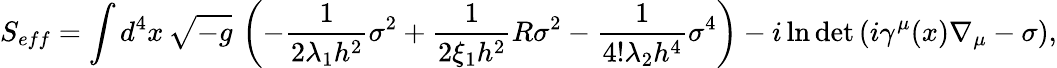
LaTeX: S_{eff}=\int d^{4}x\, \sqrt{-g}\, \left(-\frac{1}{2\lambda_{1}h^{2}}\sigma^{2}+\frac{1}{2\xi_{1}h^{2}}R\sigma^{2}-\frac{1}{4!\lambda_{2}h^{4}}\sigma^{4}\right)-i\ln\operatorname*{det}\left(i\gamma^{\mu}(x)\nabla_{\mu}-\sigma\right),